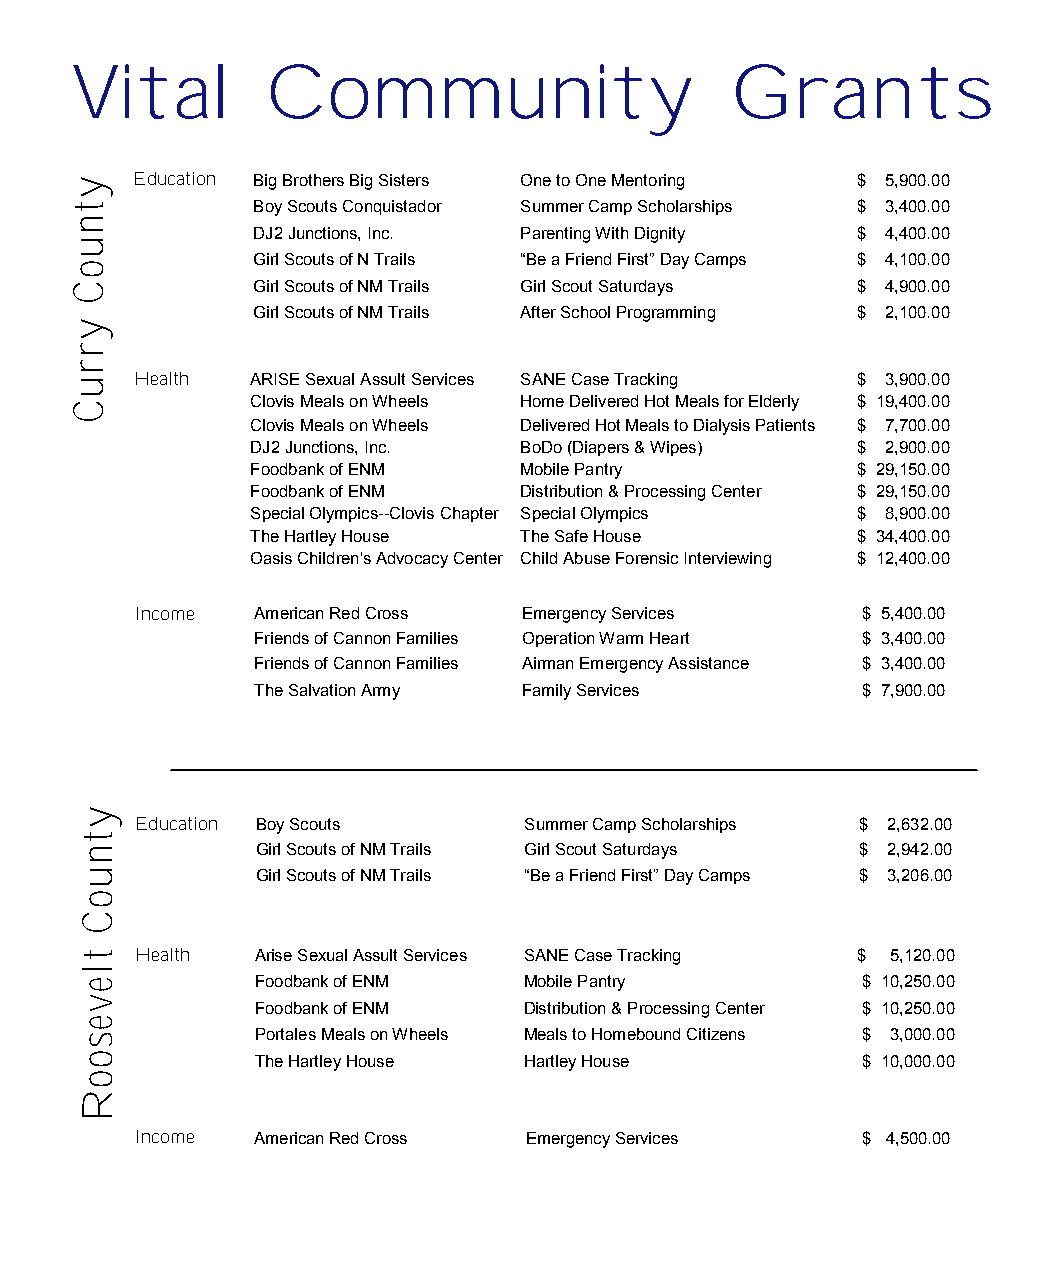
Vital        Community                     Grants
 y   Education Big Brothers Big Sisters One to One Mentoring $ 5,900.00
 t           Boy Scouts Conquistador Summer Camp Scholarships $ 3,400.00
 n
 DJ2 Junctions, Inc. Parenting With Dignity $ 4,400.00
 u
 Girl Scouts of N Trails “Be a Friend First” Day Camps $ 4,100.00
 o
 C           Girl Scouts of NM Trails Girl Scout Saturdays $ 4,900.00
 Girl Scouts of NM Trails After School Programming $ 2,100.00
 y
 r
 r
 u   Health  ARISE Sexual Assult Services SANE Case Tracking $ 3,900.00
 C           Clovis Meals on Wheels Home Delivered Hot Meals for Elderly $ 19,400.00
 Clovis Meals on Wheels Delivered Hot Meals to Dialysis Patients $ 7,700.00
 DJ2 Junctions, Inc. BoDo (Diapers & Wipes) $ 2,900.00
 Foodbank of ENM  Mobile Pantry          $ 29,150.00
 Foodbank of ENM  Distribution & Processing Center $ 29,150.00
 Special Olympics--Clovis Chapter Special Olympics $ 8,900.00
 The Hartley House The Safe House        $ 34,400.00
 Oasis Children's Advocacy Center Child Abuse Forensic Interviewing $ 12,400.00
 Income  American Red Cross Emergency Services   $ 5,400.00
 Friends of Cannon Families Operation Warm Heart $ 3,400.00
 Friends of Cannon Families Airman Emergency Assistance $ 3,400.00
 The Salvation Army Family Services      $ 7,900.00
 y
 Education Boy Scouts      Summer Camp Scholarships $ 2,632.00
 t
 n           Girl Scouts of NM Trails Girl Scout Saturdays $ 2,942.00
 u           Girl Scouts of NM Trails “Be a Friend First” Day Camps $ 3,206.00
 o
 C
 t   Health  Arise Sexual Assult Services SANE Case Tracking $ 5,120.00
 l
 e           Foodbank of ENM   Mobile Pantry         $ 10,250.00
 v
 Foodbank of ENM   Distribution & Processing Center $ 10,250.00
 e
 s           Portales Meals on Wheels Meals to Homebound Citizens $ 3,000.00
 o           The Hartley House Hartley House         $ 10,000.00
 o
 R
 Income  American Red Cross Emergency Services   $ 4,500.00